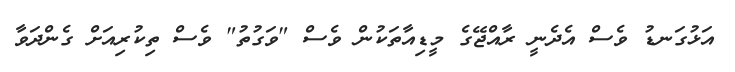
އަޅުގަނޑު ވެސް އެދެނީ ރާއްޖޭގެ މީޑިއާތަކުން ވެސް "ވަގުތު" ވެސް ތިކުރިއަށް ގެންދަވާ